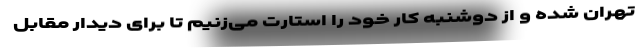
تهران شده و از دوشنبه کار خود را استارت می‌زنیم تا برای دیدار مقابل